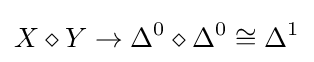
X\diamond Y\rightarrow \Delta ^{0}\diamond \Delta ^{0}\cong \Delta ^{1}